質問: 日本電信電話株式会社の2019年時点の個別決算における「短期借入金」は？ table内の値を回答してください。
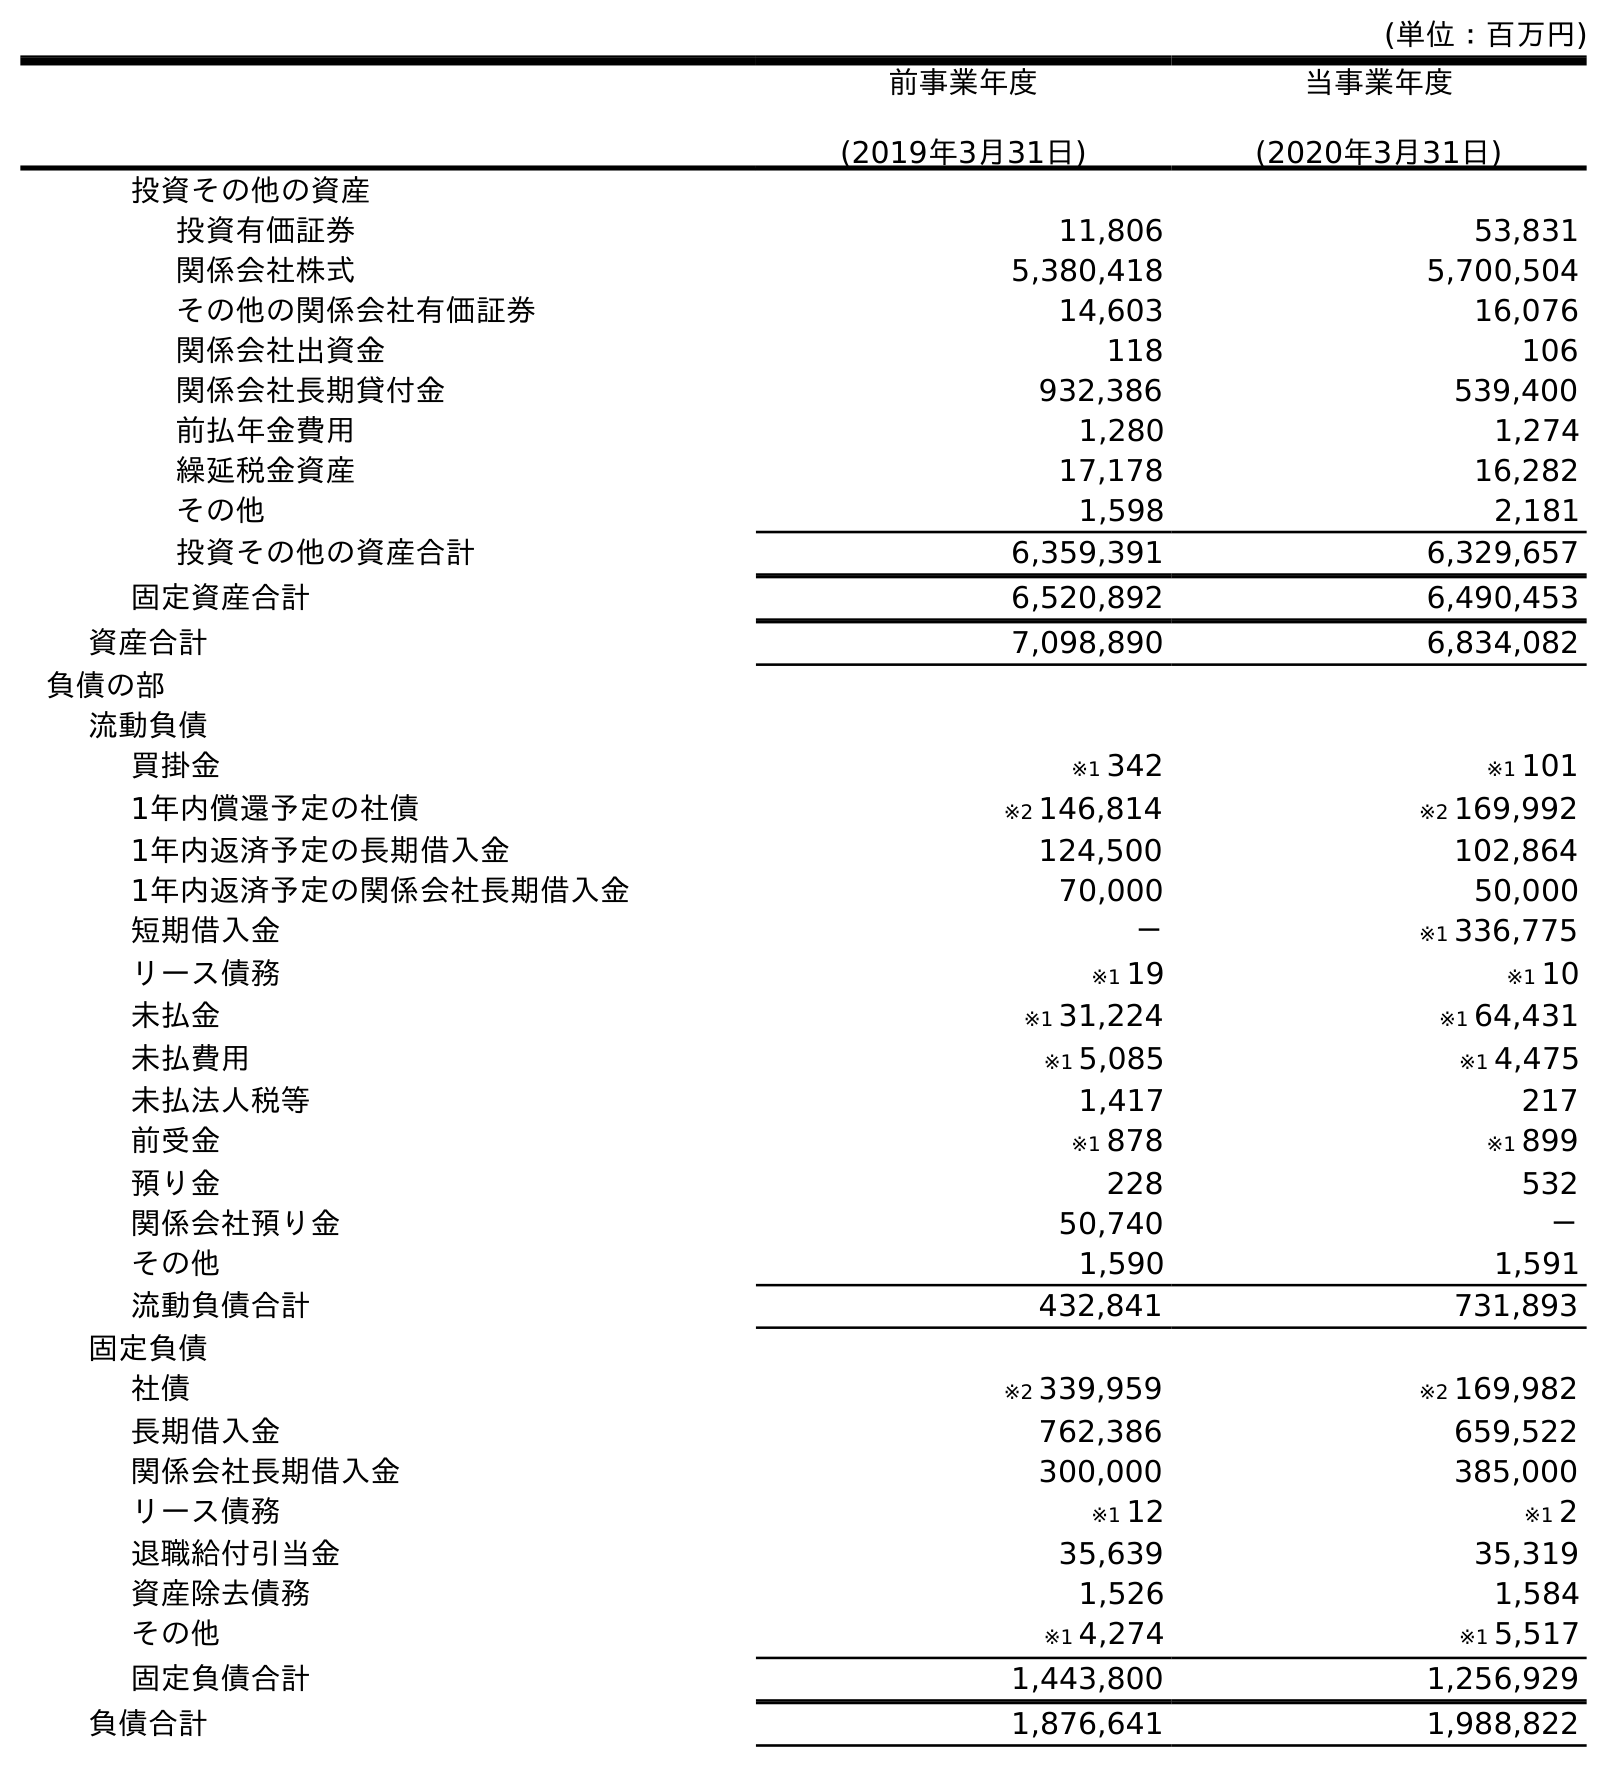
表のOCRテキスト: (単位：百万円) 前事業年度 (2019年3月31日) 当事業年度 (2020年3月31日) 投資その他の資産 投資有価証券 11,806 53,831 関係会社株式 5,380,418 5,700,504 その他の関係会社有価証券 14,603 16,076 関係会社出資金 118 106 関係会社長期貸付金 932,386 539,400 前払年金費用 1,280 1,274 繰延税金資産 17,178 16,282 その他 1,598 2,181 投資その他の資産合計 6,359,391 6,329,657 固定資産合計 6,520,892 6,490,453 資産合計 7,098,890 6,834,082 負債の部 流動負債 買掛金 ※1 342 ※1 101 1年内償還予定の社債 ※2 146,814 ※2 169,992 1年内返済予定の長期借入金 124,500 102,864 1年内返済予定の関係会社長期借入金 70,000 50,000 短期借入金 － ※1 336,775 リース債務 ※1 19 ※1 10 未払金 ※1 31,224 ※1 64,431 未払費用 ※1 5,085 ※1 4,475 未払法人税等 1,417 217 前受金 ※1 878 ※1 899 預り金 228 532 関係会社預り金 50,740 － その他 1,590 1,591 流動負債合計 432,841 731,893 固定負債 社債 ※2 339,959 ※2 169,982 長期借入金 762,386 659,522 関係会社長期借入金 300,000 385,000 リース債務 ※1 12 ※1 2 退職給付引当金 35,639 35,319 資産除去債務 1,526 1,584 その他 ※1 4,274 ※1 5,517 固定負債合計 1,443,800 1,256,929 負債合計 1,876,641 1,988,822
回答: －